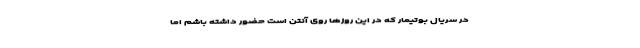
در سریال بوتیمار که در این روزها روی آنتن است حضور داشته باشم اما